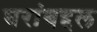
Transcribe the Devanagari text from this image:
घरांबद्दल